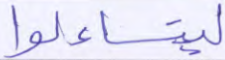
ليتساءلوا